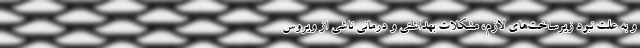
و به علت نبود زیرساخت‌های لازم، مشکلات بهداشتی و درمانی ناشی از ویروس